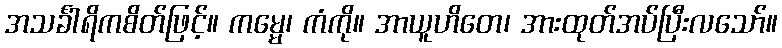
အသင်္ခါရိကစိတ်ဖြင့်။ ကမ္မေ၊ ကံကို။ အာယူဟိတေ၊ အားထုတ်အပ်ပြီးလသော်။